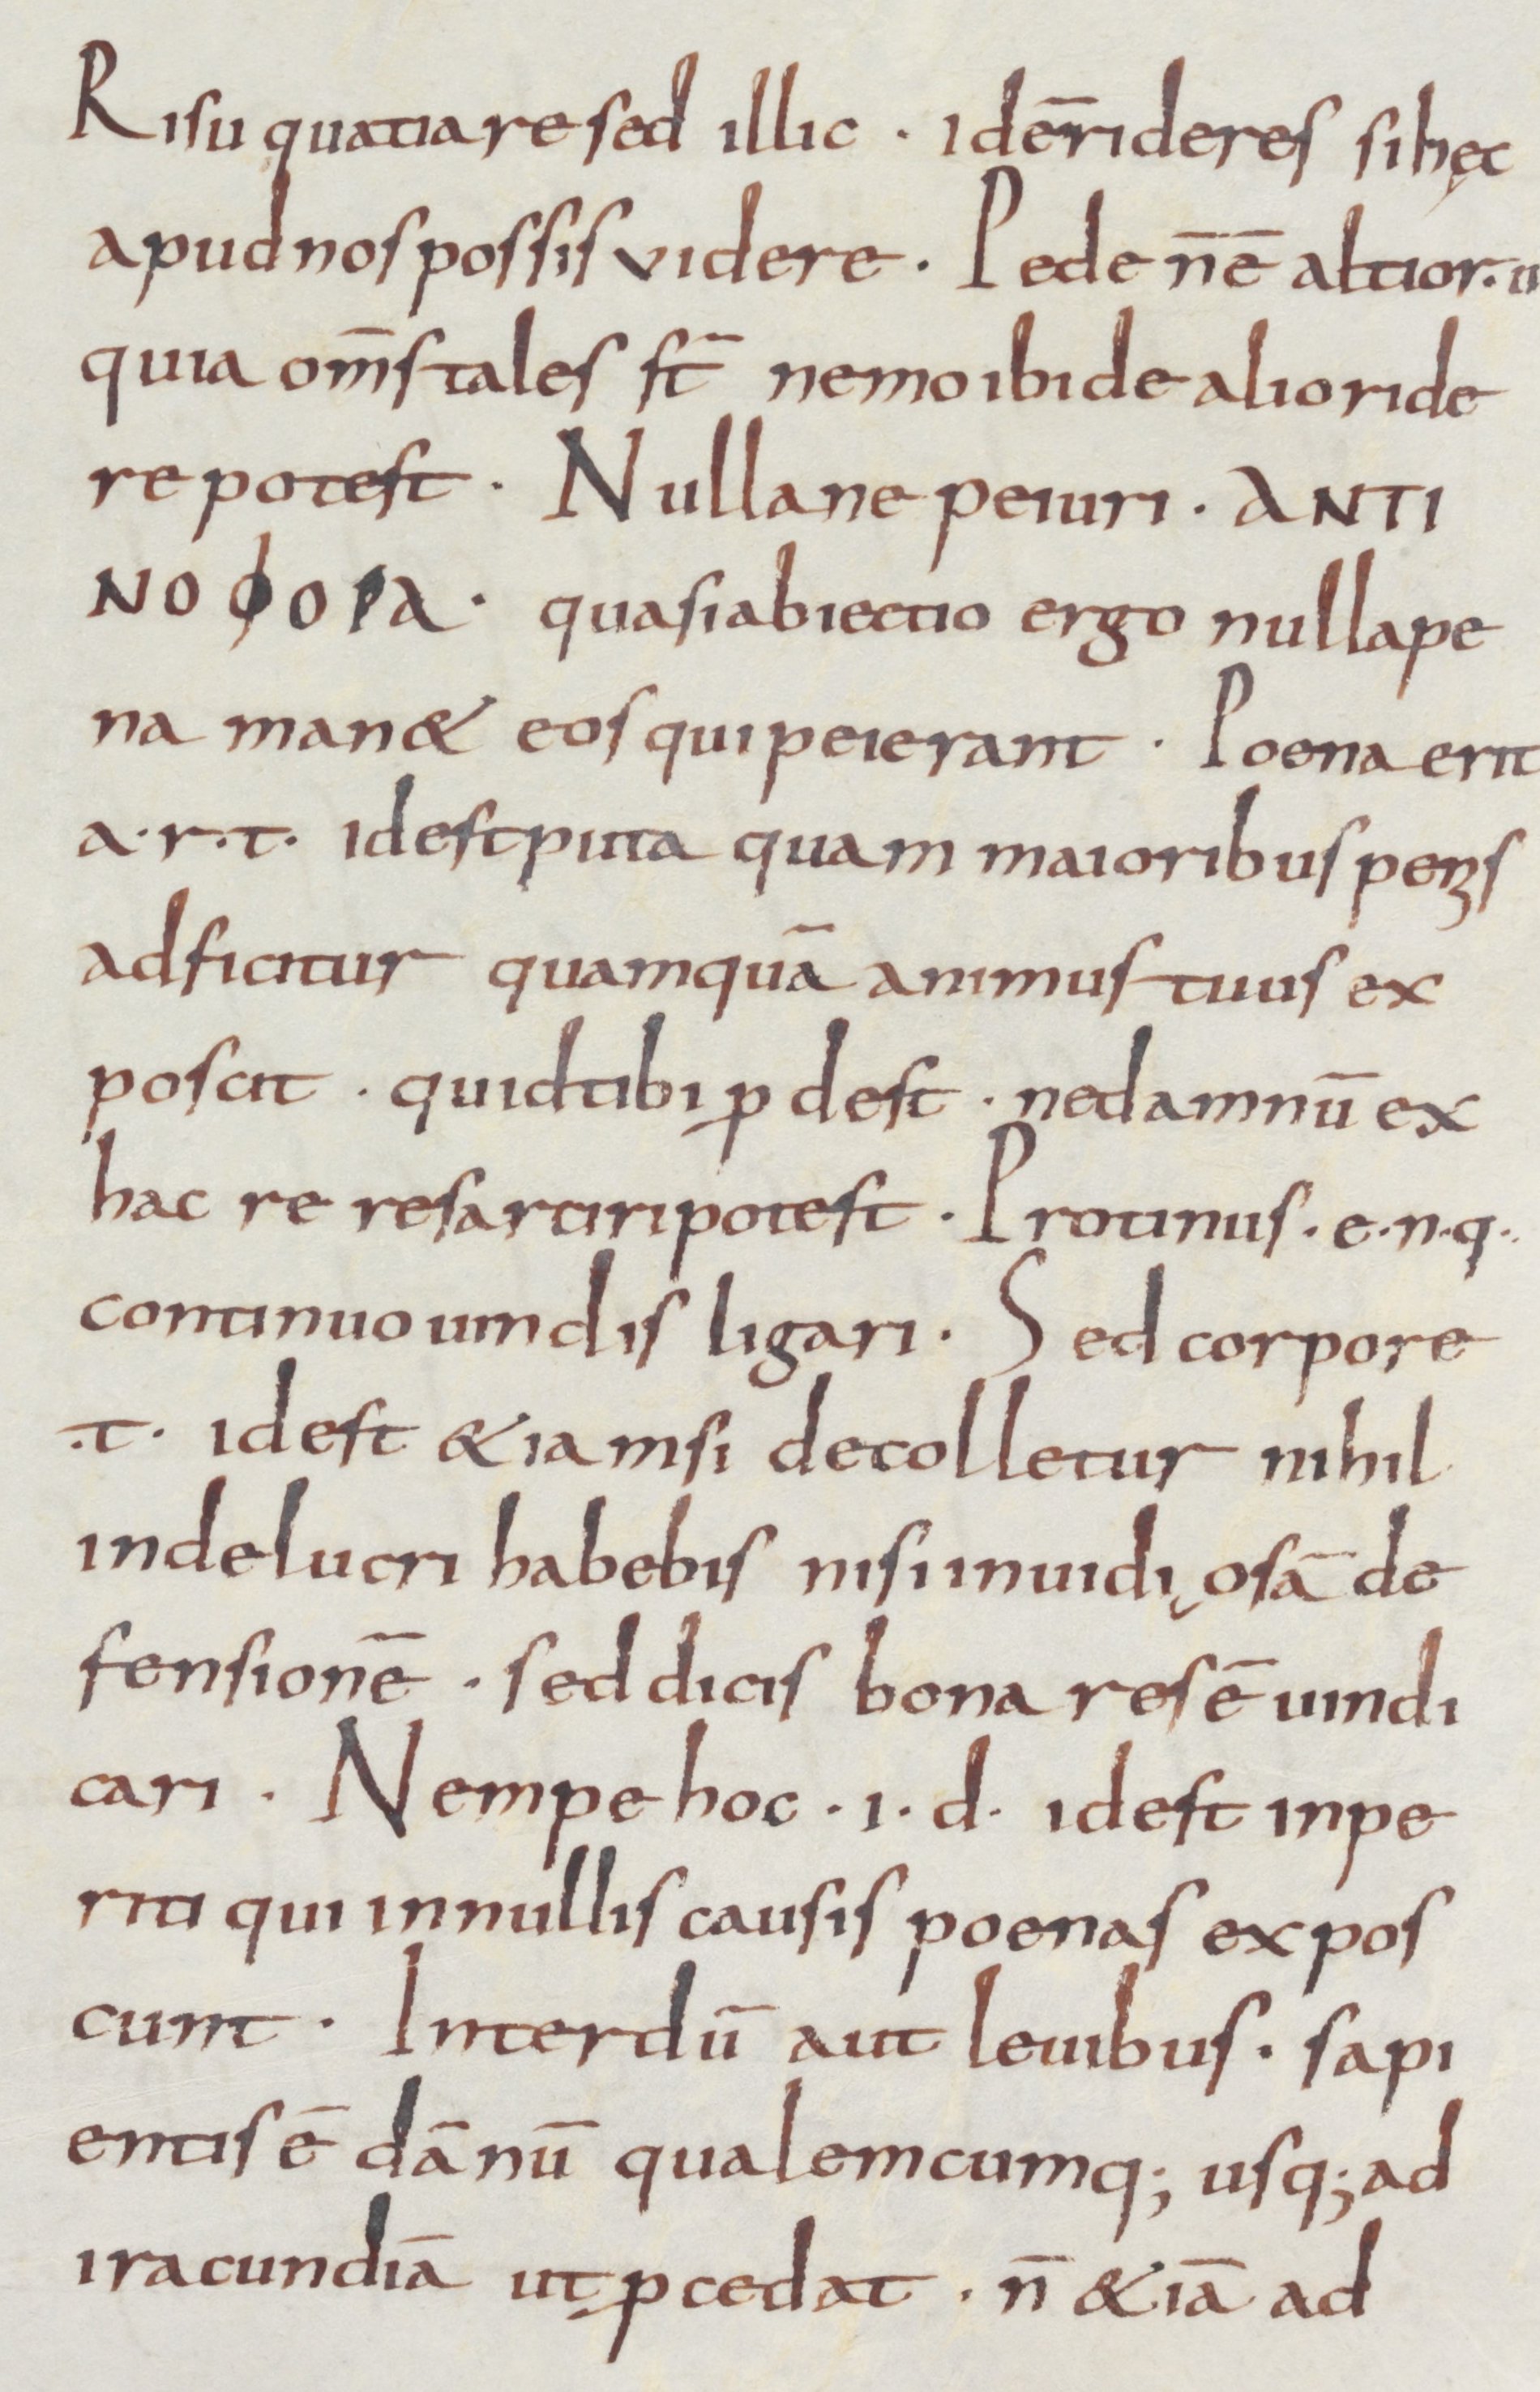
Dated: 800–899